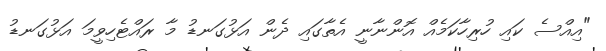
"އިއްސެ ކައި ހުރިހާކަމެއް އޮންނާނީ އެތާގައި ދެން އަޅުގަނޑު މާ ރައްޓެހިވީމަ އަޅުގަނޑު